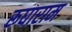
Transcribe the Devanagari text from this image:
रूघाराम